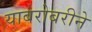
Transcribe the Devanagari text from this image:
याबरोबरीने